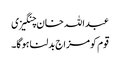
عبداللہ خان چنگیزی
قوم کومزاج بدلنا ہوگا۔